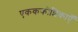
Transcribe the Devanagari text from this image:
एकककोशिकाएँ